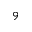
^ 9